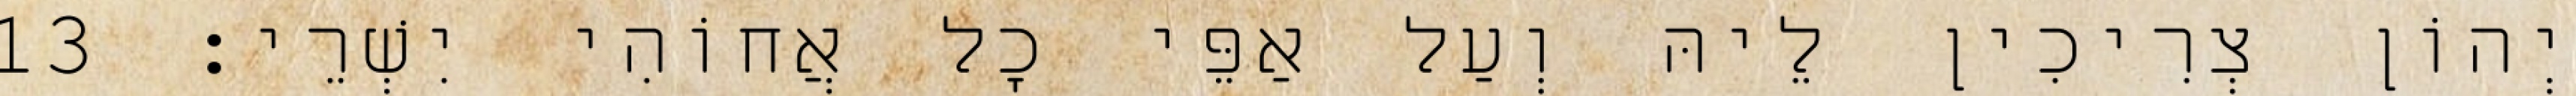
יְהוֹן צְרִיכִין לֵיהּ וְעַל אַפֵּי כָל אֲחוֹהִי יִשְׁרֵי׃ 13